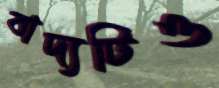
বাদ্যটিও